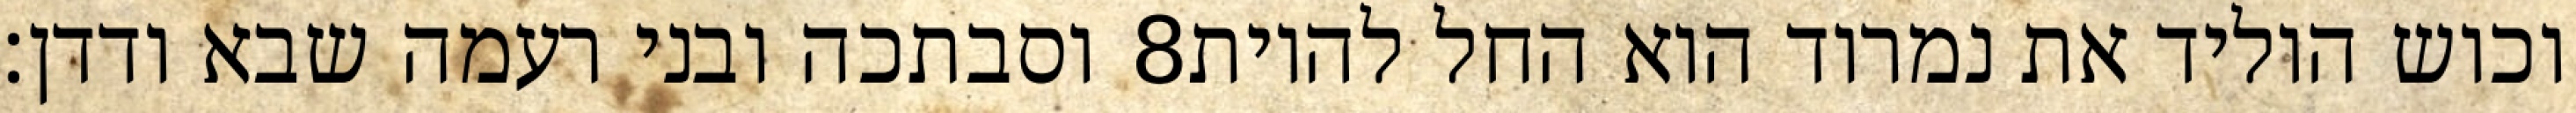
וסבתכה ובני רעמה שבא ודדן׃ ‎8‏ וכוש הוליד את נמרוד הוא החל להיות